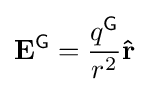
\mathbf {E} ^{\textsf {G}}={\frac {q^{\textsf {G}}}{r^{2}}}\mathbf {\hat {r}}